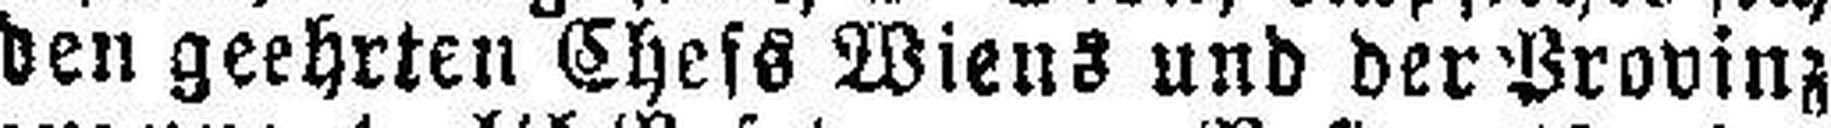
den geehrten Chefs Wiens und der Provinz